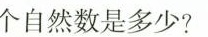
个自然数是多少？